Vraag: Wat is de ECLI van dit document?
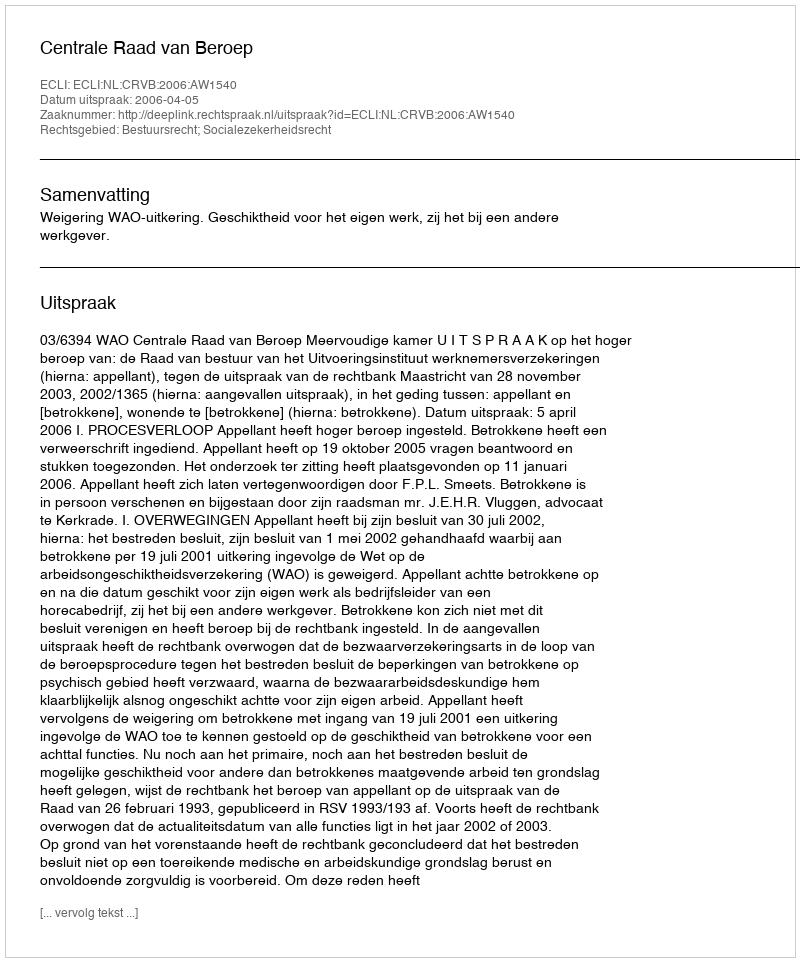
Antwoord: ECLI:NL:CRVB:2006:AW1540